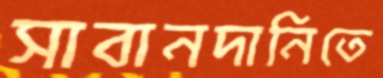
সাবানদানিতে